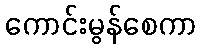
ကောင်းမွန်စေကာ